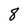
Character: 8